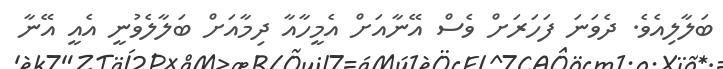
ބަލާލިއެވެ. ދެވަނަ ފަހަރަށް ވެސް އޭނާއަށް އެމީހާއާ ދިމާއަށް ބަލާލެވުނީ އެއީ އޭނާ